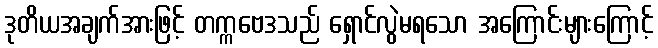
ဒုတိယအချက်အားဖြင့် တက္ကဗေဒသည် ရှောင်လွဲမရသော အကြောင်းများကြောင့်